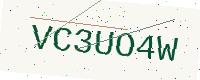
Text: VC3UO4W